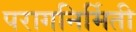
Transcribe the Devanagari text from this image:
परागनिर्मिती